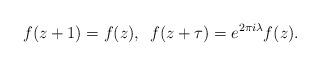
LaTeX: \begin{align*}f(z+1)=f(z), \,\ f(z+\tau )=e^{2\pi i \lambda } f(z).\end{align*}